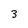
Character: 3